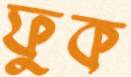
ফুক